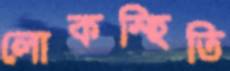
লোকস্হিতি